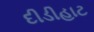
દીડીહાટ